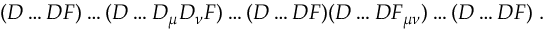
( D \ldots D F ) \ldots ( D \ldots D _ { \mu } D _ { \nu } F ) \ldots ( D \ldots D F ) ( D \ldots D F _ { \mu \nu } ) \ldots ( D \ldots D F ) \; .